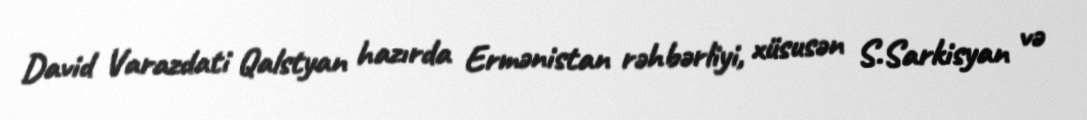
David Varazdati Qalstyan hazırda Ermənistan rəhbərliyi, xüsusən S.Sarkisyan və